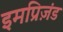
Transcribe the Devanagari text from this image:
इमप्रिज़ंड